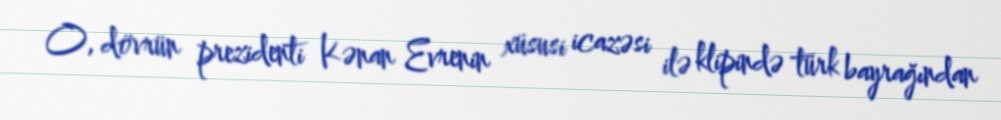
O, dövrün prezidenti Kənan Evrenin xüsusi icazəsi ilə klipində türk bayrağından